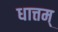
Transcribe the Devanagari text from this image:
धात्तम्‌